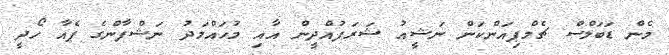
މެން ޑަބަލްސް ޗެމްޕިއަންކަން ނަޝީއު ޝަރަފުއްދީން އާއި މުހައްމަދު ނަޝްފާންގެ ޕެއާ ހޯދީ